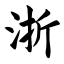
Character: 浙